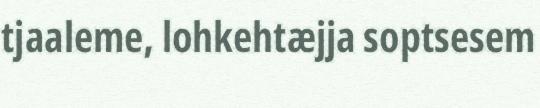
tjaaleme, lohkehtæjja soptsesem